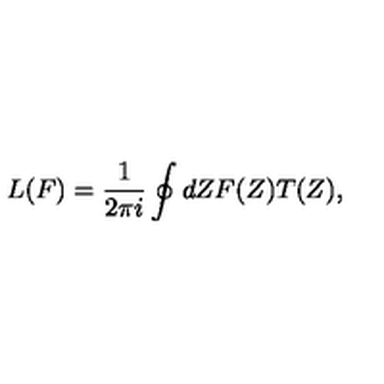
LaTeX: L ( F ) = \frac { 1 } { 2 \pi i } \oint d Z F ( Z ) T ( Z ) ,